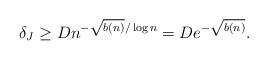
LaTeX: \begin{align*} \delta_{J} \geq D n^{-\sqrt{b(n)}/\log n} = D e^{-\sqrt{b(n)}}.\end{align*}